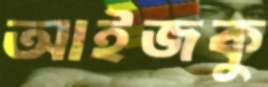
আইজকু